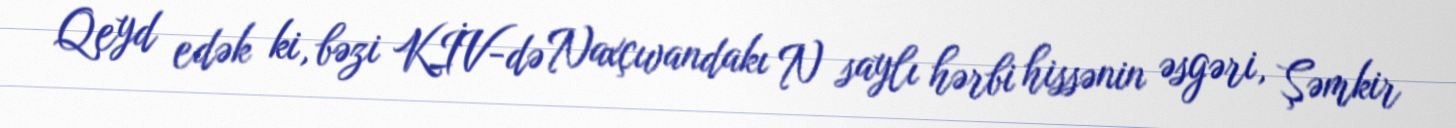
Qeyd edək ki, bəzi KİV-də Naxçıvandakı N saylı hərbi hissənin əsgəri, Şəmkir